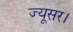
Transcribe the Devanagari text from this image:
ज्यूसर।